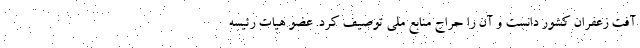
آفت زعفران کشور دانست و آن را حراج منابع ملی توصیف کرد. عضو هیات رئیسه